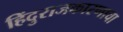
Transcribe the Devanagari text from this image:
हिंदुराजकारणाचा